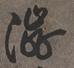
渋